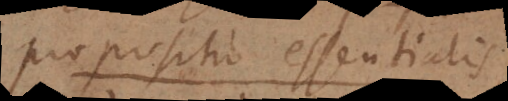
propositio existentialis